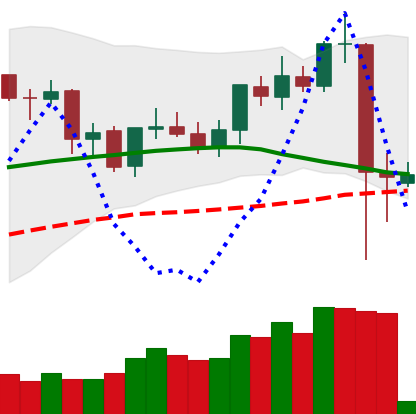
Ticker: ETC-USD
Chart end date: 2021-09-09
Forward return: -3.082%
Label: down_3_5